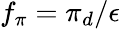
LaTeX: f_{\pi}=\pi_{d}/\epsilon